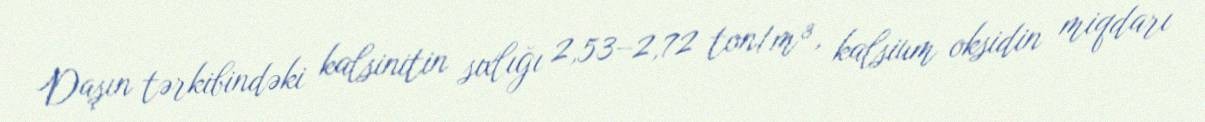
Daşın tərkibindəki kalsinitin sıxlığı 2,53–2,72 ton/m³, kalsium oksidin miqdarı